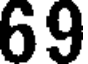
69